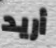
أريد